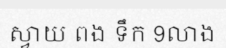
ស្វាយ ពង ទឹក 9លាង